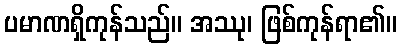
ပမာဏရှိကုန်သည်။ အဿု၊ ဖြစ်ကုန်ရာ၏။